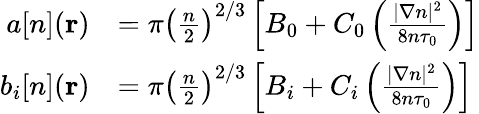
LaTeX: \begin{array}{rl}{a[n](\mathbf{r})}&{=\pi\left(\frac{n}{2}\right)^{2/3}\left[B_{0}+C_{0}\left(\frac{|\nabla n|^{2}}{8n\tau_{0}}\right)\right]}\\ {b_{i}[n](\mathbf{r})}&{=\pi\left(\frac{n}{2}\right)^{2/3}\left[B_{i}+C_{i}\left(\frac{|\nabla n|^{2}}{8n\tau_{0}}\right)\right]}\end{array}